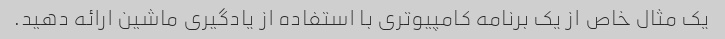
یک مثال خاص از یک برنامه کامپیوتری با استفاده از یادگیری ماشین ارائه دهید.